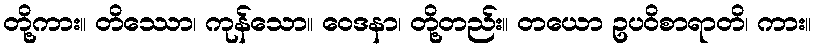
တို့ကား။ တိဿော၊ ကုန်သော။ ဝေဒနာ၊ တို့တည်း။ တယော ဥပဝိစာရာတိ၊ ကား။